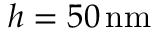
h = 5 0 \, \mathrm { n m }